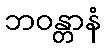
ဘဝန္တာနံ